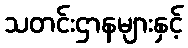
သတင်းဌာနများနှင့်